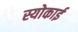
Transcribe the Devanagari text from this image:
स्योकाई